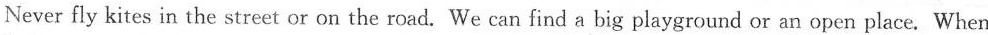
Never fly kites in the street or on the road. We can find a big playground or an open place. When